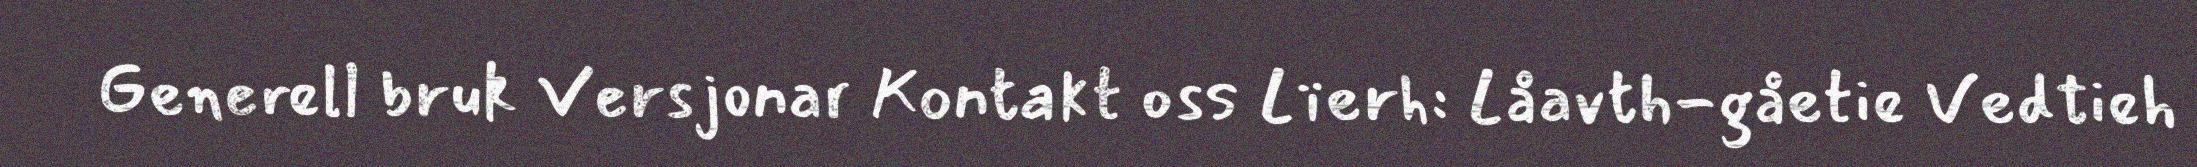
Generell bruk Versjonar Kontakt oss Lïerh: Låavth-gåetie Vedtieh